Report of the Indian Hemp Drugs Commission, 1894-1895 - Volume I
Year: 1894
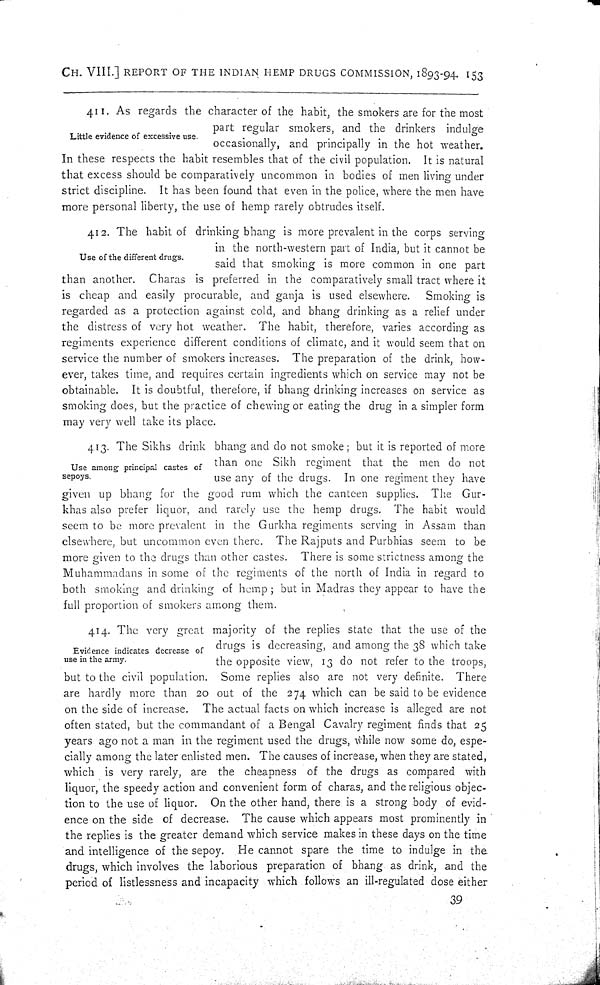
CH. VIII.] REPORT OF THE INDIAN HEMP DRUGS COMMISSION, 1893-94. 153
Little evidence of excessive use.
411. As regards the character of the habit, the smokers are for the most
part regular smokers, and the drinkers indulge
occasionally, and principally in the hot weather.
In these respects the habit resembles that of the civil population. It is natural
that excess should be comparatively uncommon in bodies of men living under
strict discipline. It has been found that even in the police, where the men have
more personal liberty, the use of hemp rarely obtrudes itself.
Use of the different drugs.
412.
The
habit of drinking bhang is more prevalent in the corps serving
in the north-western part of India, but it cannot be
said that smoking is more common in one part
than another. Charas is preferred in the comparatively small tract where it
is cheap and easily procurable, and ganja is used elsewhere. Smoking is
regarded as a protection against cold, and bhang drinking as a relief under
the distress of very hot weather. The habit, therefore, varies according as
regiments experience different conditions of climate, and it would seem that on
service the number of smokers increases. The preparation of the drink, how-
ever, takes time, and requires certain ingredients which on service may not be
obtainable. It is doubtful, therefore, if bhang drinking increases on service as
smoking does, but the practice of chewing or eating the drug in a simpler form
may very well take its place.
Use among principal castes of
sepoys.
413. The Sikhs drink bhang and do not smoke; but it is reported of more
than one Sikh regiment that the men do not
use any of the drugs. In one regiment they have
given up bhang for the good rum which the canteen supplies. The Gur-
khas also prefer liquor, and rarely use the hemp drugs. The habit would
seem to be more prevalent in the Gurkha regiments serving in Assam than
elsewhere, but uncommon even there. The Rajputs and Purbhias seem to be
more given to the drugs than other castes. There is some strictness among the
Muhammadans in some of the regiments of the north of India in regard to
both smoking and drinking of hemp; but in Madras they appear to have the
full proportion of smokers among them.
Evidence indicates decrease of
use in the army.
414. The very great majority of the replies state that the use of the
drugs is decreasing, and among the 38 which take
the opposite view, 13 do not refer to the troops,
but to the civil population. Some replies also are not very definite. There
are hardly more than 20 out of the 274 which can be said to be evidence
on the side of increase. The actual facts on which increase is alleged are not
often stated, but the commandant of a Bengal Cavalry regiment finds that 25
years ago not a man in the regiment used the drugs, while now some do, espe-
cially among the later enlisted men. The causes of increase, when they are stated,
which is very rarely, are the cheapness of the drugs as compared with
liquor, the speedy action and convenient form of charas, and the religious objec-
tion to the use of liquor. On the other hand, there is a strong body of evid-
ence on the side of decrease. The cause which appears most prominently in
the replies is the greater demand which service makes in these days on the time
and intelligence of the sepoy. He cannot spare the time to indulge in the
drugs, which involves the laborious preparation of bhang as drink, and the
period of listlessness and incapacity which follows an ill-regulated dose either
39